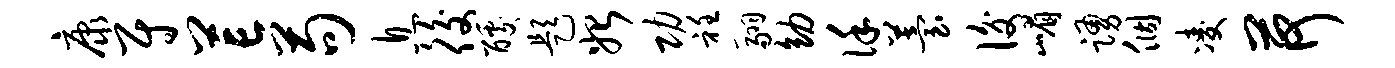
康尉芒苟息後醵题始功衽翮幼谨苔后嵋踊个凌荷